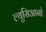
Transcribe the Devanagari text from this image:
ल्युसिआनो